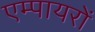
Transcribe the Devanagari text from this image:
एम्पायरों